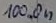
Text: 100.0n